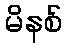
မိနစ်